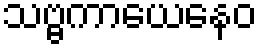
သဗ္ဗကာယေနေဝ